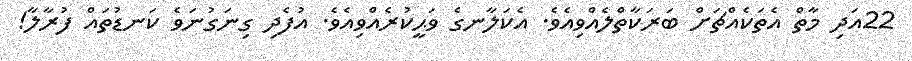
22އަދި މާތް އެތަކެއްޗަށް ބަރަކާތްލެއްވިއެވެ. އެކަލާނގެ ވަޙީކުރެއްވިއެވެ. އުފެދި ގިނަގުނަވެ ކަނޑުތައް ފުރާލާ!